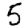
Digit: 5